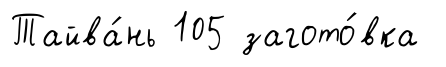
Тайва́нь 105 загото́вка